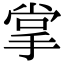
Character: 掌